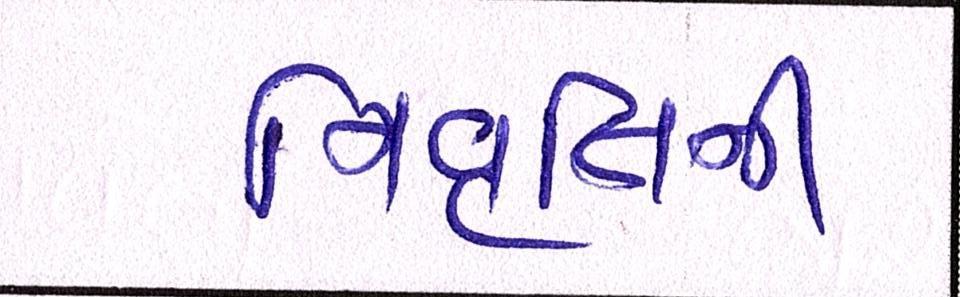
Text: નિવૃત્તિની